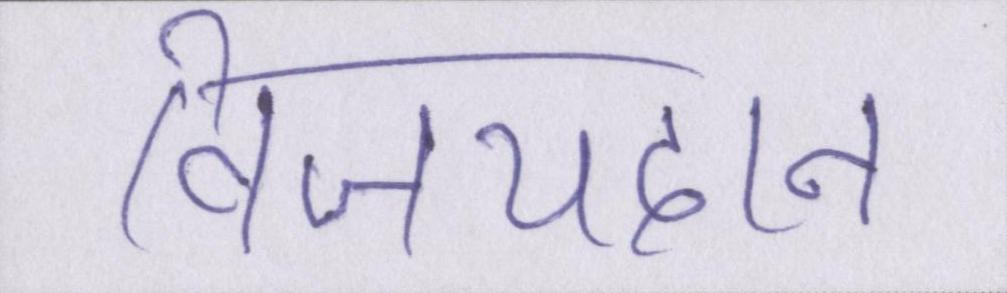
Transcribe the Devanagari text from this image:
विजयदान